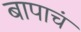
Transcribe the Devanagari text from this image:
बापाचं